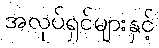
အလုပ်ရှင်များနှင့်